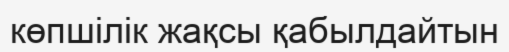
көпшілік жақсы қабылдайтын